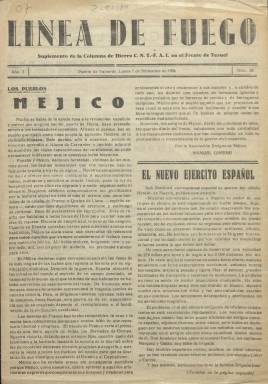
Título: Línea de fuego
Colección: Guerra civil
Ámbito geográfico: Teruel
Lugar de publicación: Puebla de Valverde [Teruel]
Fechas: 07/12/1936-07/12/1936

Como “portavoz de la Columna de Hierro CNT-FAI en el frente de Teruel”, comenzó a publicarse el diez de septiembre 1936, en la turolense La Puebla de Valverde, municipio a medio camino de la carretera nacional 234, desde Puerto de Sagunto a la citada capital aragonesa. Dicha columna anarquista era originaria de Valencia y había llegado al frente de Teruel en los primeros días de agosto, obteniendo a partir de entonces varias victorias militares. Se le atribuye la edición y confección de este periódico anarcosindicalista a miembros de la cenetista Unión de Artes Gráficas de la capital levantina que, además de combatientes, instalaron la administración, redacción e imprenta en un autobús, que se situaba cerca de donde se encontraba actuando la columna, y a cuyos milicianos se distribuía. Tuvo una periodicidad diaria, salvo algunas interrupciones en su salida debidas a la guerra, como fue a finales de ese mes de septiembre.

Es considerado como un periódico de “vanguardia”, elaborado como “boletín interno” para informar a los combatientes y propagar el espíritu libertario. Según Núñez Díaz-Balart (1992), “nos encontramos con un periódico muy político, de amplios comentarios sobre los asuntos de política interna e internacional y con una amplia crítica sobre la retaguardia”, comentarios estos que ocuparán la mayor parte de su primera plana. En la segunda, ofrece información de España y del extranjero, además de avisos del Comité de Guerra. También inserta notas reclamando noticias sobre combatientes y noticias de Última hora, así como lemas, con carga crítica y moralizante. Otras secciones son Consejos a los milicianos e Información telegráfica.

Abel Paz también incluye en su trabajo –The story of the Iron Column (2011)– una ficha y análisis hemerográfico de este título, señalando que su staff editorial fue integrado por el periodista y escritor alcoyano Arsenio Olcina Esteve (1909-1997) y R. Giménez Cuesta. Por su parte, la tesis doctoral de Josefa Alcolea Serrano (2015) atribuye a los citados reporteros la fundación del periódico, quienes previamente ya habían trabajado en los diarios anarquistas valencianos UGT-CNT (1936) y Fragua social (1936-1939).

Se producirá una breve interrupción de apenas dos semanas en su salida –que coincide con una falta de suministro de papel para su impresión–, reapareciendo el 24 de octubre (número 28), aumentando brevemente su formato y pasando de dos páginas y tres columnas, a cuatro y dos, respectivamente. Eladi Mainar Cabanes (1998) señala que en esos días miembros del equipo de redacción abandonaron la columna, “disconformes con la nueva reestructuración que se había establecido”, siendo enviado rápidamente un nuevo equipo del Sindicato Único de Artes Gráficas para su elaboración.

Núñez Díaz-Balart también se refiere a la “inflexión en su trayectoria” a partir de su número 28, al aumentar también su número de ilustraciones y la aparición de algunas secciones nuevas, como la de Literatura, con narraciones cortas de autores franceses y rusos. Añade la autora de La prensa de guerra en la zona republicana durante la guerra civil española que a partir de ahora “la orientación marcada va a ser mucho más informativa”, añadiendo además artículos de fondo que antes no ocupaban espacio, así como reportajes y crónicas de combatientes.

Entre las firmas de sus textos aparecerán las de Francisco Carmona Pinedo, Juan Martínez López, Gregorio Falomir, Antonio Lurbes, Vicente Ibáñez, Daniel Martín, Manuel Gimeno, Juan Pérez, José Albiol, Aurelio Tomás, Ernesto García, Francisco Cueva, Pascual LLopis, Rafael Llopis, Ramón Sánchez, Gonzalo Vidal, Elías Manzanera, Ramón Martín, Rafael Herrero, Valeriano González, Antonio Edo, F. Direteino, Fernandel, Aniel, así como los seudónimos Dietauro, Doctor Astro, A. Stoic, Trilita o Coblas, entre otros.

Alcolea Serrano (2015) señala que Línea de fuego desaparecería definitivamente el 10 de febrero de 1937. Por su parte, la anarquista Columna de Hierro, que se hizo especialmente “famosa” y “controvertida”, aceptaría su “militarización”, siendo incorporada al Ejército Popular de la República Española a principios de abril de 1937 como la 83ª Brigada Mixta, apareciendo, como órgano de prensa de la misma, el periódico titulado, precisamente, Columna de Hierro, a partir del 19 de julio de ese año, con sede en Vinaroz (Castellón).

La colección de este título en la Biblioteca Nacional de España sólo lo integra el número 65, de siete de diciembre de 1936, de dos páginas y con la indicación de “suplemento”. Parte de su colección se encuentra, entre otros archivos y hemerotecas, en el International Institute for Social History (Ámsterdam), en la Hemeroteca Municipal de Madrid, y en el Archivo Histórico Nacional (Salamanca), los números 28 a 88 (1936) y 91 a 121 (1937), correspondiendo el último al diez de febrero.

Además de las citadas, otras referencias bibliográficas son las de Michael Alpert (1977, 2007 y 2013), Eloy Fernández Clemente (1979), Julián Casanova (1985), Francisco Madrid Santos (1988), Grahan Kelsey (1991) o Robert J. Alexander (1999).